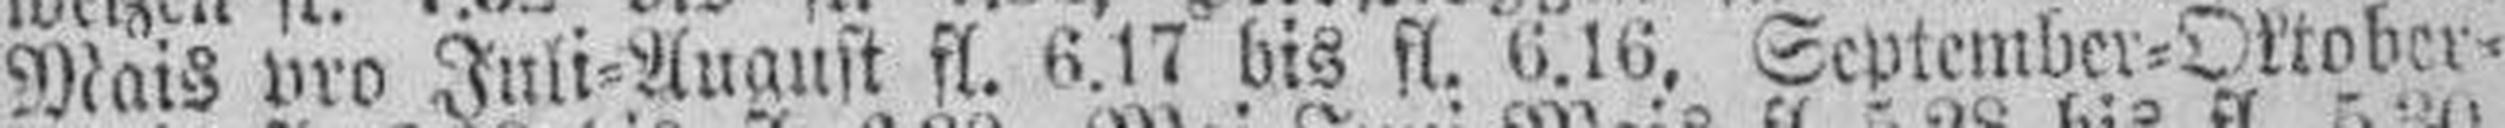
Mais pro Juli=August fl. 6.17 bis fl. 0.16, September=Oktober=